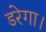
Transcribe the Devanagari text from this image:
डरेगा।